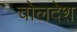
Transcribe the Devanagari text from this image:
चोलदेश